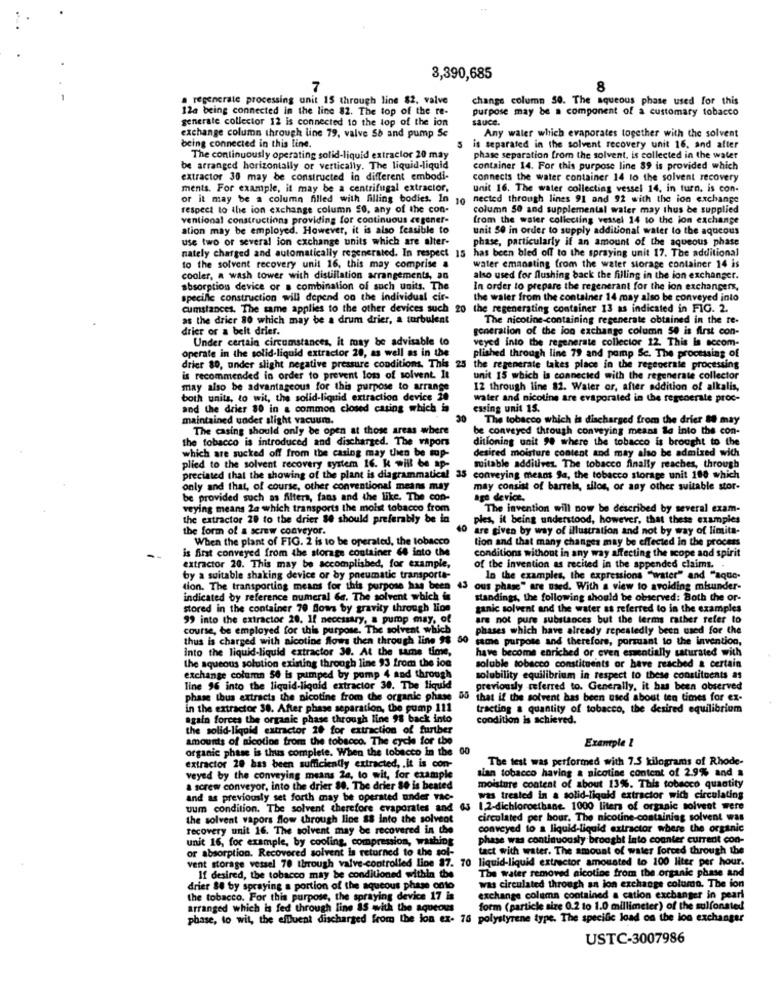
3,390,685
7
8
a regenerate processing unit 15 through line 82, valve
change column 50. The aqueous phase used for this
12a being connected in the line 82. The top of the re-
purpose may be a component of a customary tobacco
generate collector 12 is connected to the top of the ion
sauce.
Any waler which evaporates together with the solvent
exchange column through line 79, valve 56 and pump Sc
being connected in this line.
is separated in the solvent recovery unit 16, and after
The continuously operating solid-liquid extractor 20 may
phase separation from the solvent, is collected in the water
be arranged horizontally or vertically. The liquid-liquid
container 14. For this purpose line 89 is provided which
extractor 30 may be constructed in different embodi-
connects the water container 14 to the solvent recovery
ments. For example, it may be a centrifugal extractor,
unit 16. The water collecting vessel 14, in turn, is con-
or it may be a column filled with filling bodies. In 10
nected through lines 91 and 92 with the ion exchange
respect to the ion exchange column 50, any of the con-
column 50 and supplemental water may thus be supplied
ventional constructions providing for continuous cegoner-
from the water collecting vessel 14 to the ion exchange
ation may be employed. However, it is also feasible to
unit 50 in order to supply additional water to the aqueous
use two of several ion exchange units which are alter-
phase, particularly if an amount of the aqueous phase
nately charged and automatically regenerated. In respect 15
has been bled off to the spraying unit 17. The additional
to the solvent recovery unit 16, this may comprise &
water emanating from the water storage container 14 is
cooler, a wash tower with distillation arrangements, an
also used for flushing back the filling in the ion exchanger.
absorption device or a combination of such units. The
In order to prepare the regenerant for the ion exchangers,
specific construction will depend on the individual cir-
the waler from the container 14 may also be conveyed into
cumstances. The same applies to the other devices such 20
the regenerating container 13 as indicated in FIG. 2.
as the drier 80 which may be a drum drier, a turbulent
The nicotine-containing regenerate obtained in the re-
drier or a belt drier.
generation of the lon exchange column 50 is first con-
Under certain circumstances, it may be advisable to
veyed into the regenerate collector 12. This Is accom-
operate in the solid-liquid extractor 20, as well as in the
plished through line 79 and pomp Sc. The processing of
drier 80, under slight negative pressure conditions. This 25
the regenerate takes place in the regenerale processing
is recommended in order to prevent lom of solvent. It
unit 15 which Is connected with the regenerate collector
may also be advantageous for this purpose to arrange
12 through line 82. Water or, after addition of alkalis,
both units, to wit, the solid-liquid extraction device 28
water and nicotine are evaporated in the regenerate proc-
and the drier 80 in a common closed casing which is
essing unit 15.
maintained under slight vacuum.
20
The tobacco which is discharged from the drier 8 may
The casing should only be open at those areas where
be conveyed through conveying means la into the con-
the tobacco is introduced and discharged. The vapors
ditioning unit 90 where the tobacco is brought to the
which are sucked off from the casing may then be top-
desired moisture content and may also be admixed with
plied to the solvent recovery system 16. k will be ap-
mitable additives. The tobacco finally reaches, through
preciated that the showing of the plant is diagrammatical 35 conveying means Sa, the tobacco storage unit 100 which
only and that, of course, other conventional means may
may consist of barrels, silos, or any other suitable stor-
be provided such as filters, fans and the like. The con-
age device.
veying means 24 which transports the moist tobacco from
The invention will now be described by several exam-
the extractor 20 to the drier 80 should preferably be in
ples, it being understood, however, that these examples
the form of a screw conveyor.
40
are given by way of illustration and not by way of limita-
When the plant of FIG. 2 is to be operated, the tobacco
tion and that many changes may be effected in the process
is first conveyed from the storage container 68 into the
conditions without in any
ay affecting the scope and spirit
extractor 20. This may be accomplished, for example,
of the invention as recited in the appended claims. .
by a suitable shaking device or by pneumatic transporta-
In the examples, the expressions "water" and "aque-
tion. The transporting means for this purpose has been 43 ous phase" are used. With a view to avoiding misunder-
indicated by reference numeral 6. The solvent which is
standings, the following should be observed: Both the or-
stored in the container 70 flows by gravity through lion
ganic solvent and the water as referred to in the examples
99 into the extractor 20. If necessary, a pump may, of
are not pure substances but the terms rather refer to
course, be employed for this purpose. The solvent which
phases which have already repeatedly been used for the
thus is charged with aicotine flows then through line 98 50
tame purpose and therefore, porsuant to the invention,
into the liquid-liquid extractor 38. At the same time,
have become enriched or even essentially saturated with
the aqueous solution existing through line 93 from the ion
soluble tobacco constituents or have reached & certain
exchange column 50 is pumped by pomp 4 and through
solubility equilibrium in respect to these constituents as
line 96 into the liquid-liquid extractor 30. The liquid
previously referred to. Generally, it has been observed
phase thus extracts the nicotine from the organic phase 55
that if the solvent has been used about ten times for ex-
in the extractor 30. After phase separation, the pump 111
tracting a quantity of tobacco, the desired equilibrium
rees the organic phase through line 98 back into
condition is achieved.
the solid-liquid extractor 18 for extraction of further
amounts of nicotine from the tobacco. The cycle for the
Example &
organic phase is thus complete. When the tobacco in the 00
The test was performed with 7.5 kilograms of Rhode-
extractor 20 has been sufficiently extracted, . it is con-
veyed by the conveying means 24, to wit, for example
sian tobacco having a nicotine content of 2.9% and &
a screw conveyor, into the drier 88. The drier 80 is beated
moisture content of about 13%. This tobacco quantity
and as previously set forth may be operated under vac-
was treated in a solid-liquid extractor with circulating
uum condition. The solvent therefore evaporates and 63
1.2-dichloroetbane. 1000 liters of organic solvent were
the solvent vapors flow through line $8 into the solveot
circulated per hour. The nicotine-containing solvent was
recovery unit 16. The solvent may be recovered in the
conveyed to a liquid-liquid extractor where the organic
unit 16, for example, by cooling, compression, washing
phase was continuously brought into counter current con-
tact with water. The amount of water forced through the
or absorption. Recovered solvent is returned to the sol-
vent storage vessel 70 through valve-controlled line 87. 70 liquid-liquid extractor amousted to 100 liter per hour.
If desired, the tobacco may be conditioned within the
was circulated through an ion exchange column. The ion
The water removed nicotine from the organic phase an
drier 80 by spraying a portion of the aqueous phase onto
the tobacco. For this purpose, the spraying device 17 is
exchange column contained a cation exchanger in pearl
arranged which is fed through line IS with the aqueous
form (particle size 0.2 to 1.0 millimeter) of the sulfonsted
phase, to wit, the effluent discharged from the lon ex- 76 polystyrene type. The specific load on the lon exchanger
USTC-3007986